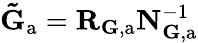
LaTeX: \mathbf{\tilde{G}}_{\mathrm{a}}=\mathbf{R}_{{\mathbf G},\mathrm{a}}\mathbf{N}_{\mathbf{G},\mathrm{a}}^{-1}